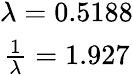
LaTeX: \begin{array}{c}{\lambda=0.5188}\\ {\frac{1}{\lambda}=1.927}\end{array}